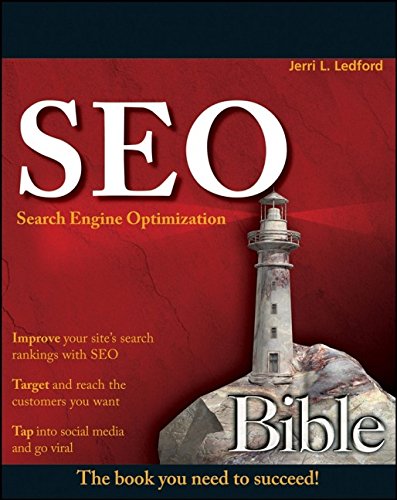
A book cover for SEO: Search Engine Optimization Bible; Jerri L. Ledford; Computers & Technology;